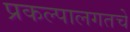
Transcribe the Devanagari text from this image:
प्रकल्पालगतचे